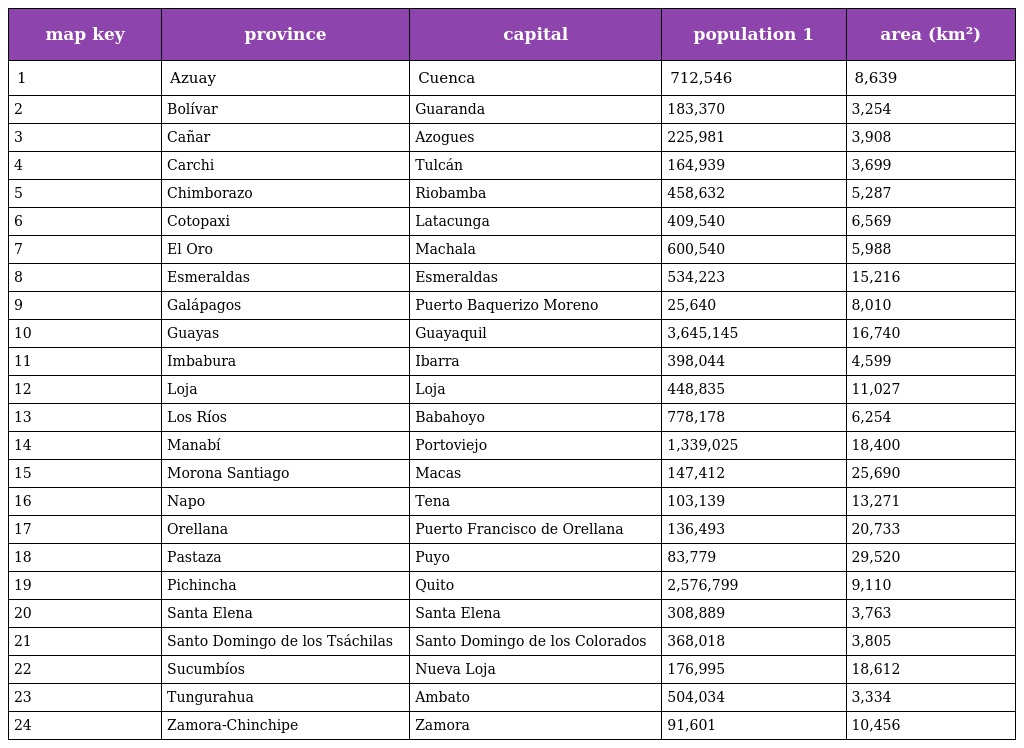
| map key | province | capital | population 1 | area (km²) |
 | --- | --- | --- | --- | --- |
 | 1 | Azuay | Cuenca | 712,546 | 8,639 |
 | 2 | Bolívar | Guaranda | 183,370 | 3,254 |
 | 3 | Cañar | Azogues | 225,981 | 3,908 |
 | 4 | Carchi | Tulcán | 164,939 | 3,699 |
 | 5 | Chimborazo | Riobamba | 458,632 | 5,287 |
 | 6 | Cotopaxi | Latacunga | 409,540 | 6,569 |
 | 7 | El Oro | Machala | 600,540 | 5,988 |
 | 8 | Esmeraldas | Esmeraldas | 534,223 | 15,216 |
 | 9 | Galápagos | Puerto Baquerizo Moreno | 25,640 | 8,010 |
 | 10 | Guayas | Guayaquil | 3,645,145 | 16,740 |
 | 11 | Imbabura | Ibarra | 398,044 | 4,599 |
 | 12 | Loja | Loja | 448,835 | 11,027 |
 | 13 | Los Ríos | Babahoyo | 778,178 | 6,254 |
 | 14 | Manabí | Portoviejo | 1,339,025 | 18,400 |
 | 15 | Morona Santiago | Macas | 147,412 | 25,690 |
 | 16 | Napo | Tena | 103,139 | 13,271 |
 | 17 | Orellana | Puerto Francisco de Orellana | 136,493 | 20,733 |
 | 18 | Pastaza | Puyo | 83,779 | 29,520 |
 | 19 | Pichincha | Quito | 2,576,799 | 9,110 |
 | 20 | Santa Elena | Santa Elena | 308,889 | 3,763 |
 | 21 | Santo Domingo de los Tsáchilas | Santo Domingo de los Colorados | 368,018 | 3,805 |
 | 22 | Sucumbíos | Nueva Loja | 176,995 | 18,612 |
 | 23 | Tungurahua | Ambato | 504,034 | 3,334 |
 | 24 | Zamora-Chinchipe | Zamora | 91,601 | 10,456 |